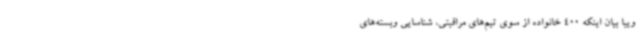
ویبا بیان اینکه 400 خانواده از سوی تیم‌های مراقبتی، شناسایی وبسته‌های